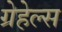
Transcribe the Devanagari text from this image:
ग्रेहेल्स